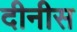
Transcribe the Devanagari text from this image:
दीनीस